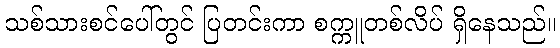
သစ်သားစင်ပေါ်တွင် ပြတင်းကာ စက္ကူတစ်လိပ် ရှိနေသည်။